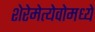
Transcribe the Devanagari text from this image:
शेरेमेत्येवोमध्ये